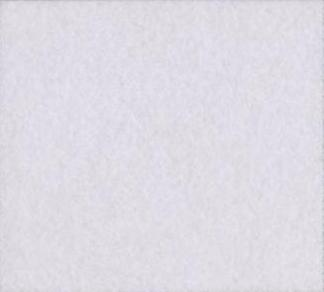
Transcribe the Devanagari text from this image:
ई